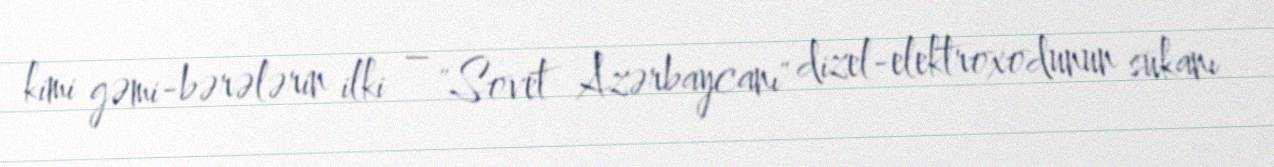
kimi gəmi-bərələrin ilki – "Sovet Azərbaycanı" dizel-elektroxodunun sükanı